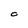
Character: C